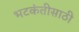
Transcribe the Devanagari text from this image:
भटकंतीसाठी